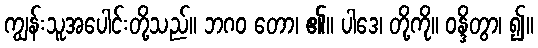
ကျွန်းသူအပေါင်းတို့သည်။ ဘဂဝ တော၊ ၏။ ပါဒေ၊ တို့ကို။ ဝန္ဒိတွာ၊ ၍။